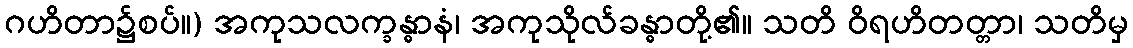
ဂဟိတာ၌စပ်။) အကုသလက္ခန္ဓာနံ၊ အကုသိုလ်ခန္ဓာတို့၏။ သတိ ဝိရဟိတတ္တာ၊ သတိမှ